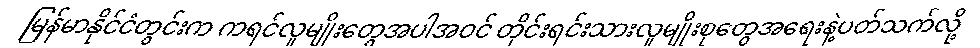
မြန်မာနိုင်ငံတွင်းက ကရင်လူမျိုးတွေအပါအဝင် တိုင်းရင်းသားလူမျိုးစုတွေအရေးနဲ့ပတ်သက်လို့